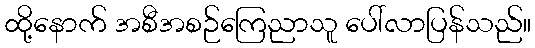
ထို့နောက် အစီအစဉ်ကြေညာသူ ပေါ်လာပြန်သည်။